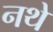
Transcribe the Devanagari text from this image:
नथे